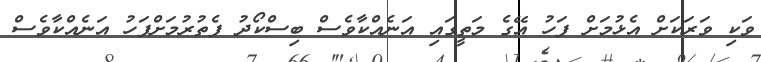
ވަކި ވަރަކަށް އެޅުމަށް ފަހު އޭގެ މަތީގައި އަނެއްކާވެސް ބިސްކޯދު ފެތުރުމަށްފަހު އަނެއްކާވެސް